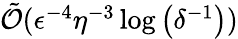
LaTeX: \begin{array}{r}{\tilde{\mathcal{O}}(\epsilon^{-4}\eta^{-3}\log\left(\delta^{-1}\right))}\end{array}